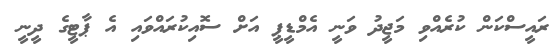
ރައީސްކަން ކުރެއްވި މަޖީދު ވަނީ އެމްޑީޕީ އަށް ސޮއިކުރައްވައި އެ ޕާޓީގެ ދީނީ